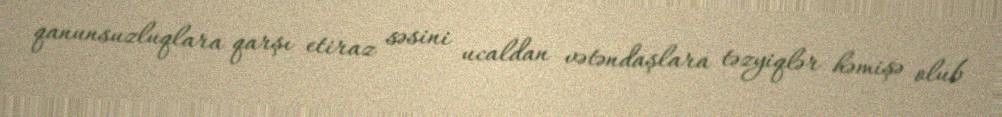
qanunsuzluqlara qarşı etiraz səsini ucaldan vətəndaşlara təzyiqlər həmişə olub